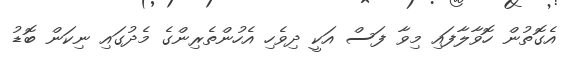
އެގޮތުން ހޮވާލާފައި މިވާ ފަސް އަކީ ދިވެހި އެހުންތެރިންގެ މެދުގައި ނިކަން ބޮޑު